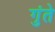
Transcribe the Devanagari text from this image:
गुंते